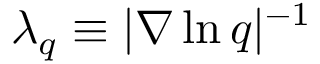
\lambda _ { q } \equiv | \nabla \ln q | ^ { - 1 }